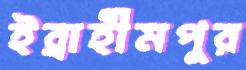
ইব্রাহীমপুর